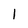
Character: 1